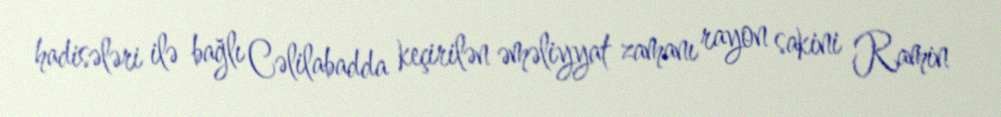
hadisələri ilə bağlı Cəlilabadda keçirilən əməliyyat zamanı rayon sakini Ramin